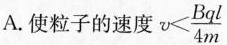
A.使粒子的速度 $$v < \frac { B q l } { 4 m }$$